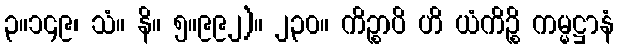
၃။၁၄၉၊ သံ။ နိ။ ၅။၉၉၂)။ ၂၃၀။ ကိဉ္စာပိ ဟိ ယံကိဉ္စိ ကမ္မဋ္ဌာနံ